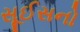
સૂઈસનો